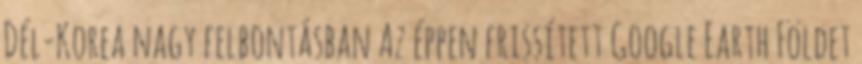
Dél-Korea nagy felbontásban Az éppen frissített Google Earth Földet